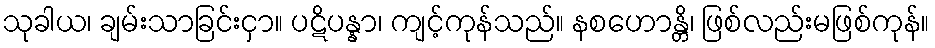
သုခါယ၊ ချမ်းသာခြင်းငှာ။ ပဋိပန္နာ၊ ကျင့်ကုန်သည်။ နစဟောန္တိ၊ ဖြစ်လည်းမဖြစ်ကုန်။